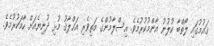
ޤައުމުގައި ލޯތްބާ ކުލުނު އާންމުކުރުމެވެ. އިސްލާމުންގެ މަތިވެރި އަޚްލާޤު މުޅި ދުނިޔެއަށް ހާމަކުރުމެވެ.